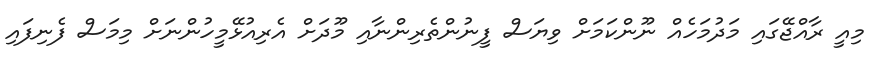
މިއީ ރާއްޖޭގައި މަދުމަހެއް ނޫންކަމަށް ވިޔަސް ފީނުންތެރިންނާއި މޫދަށް އެރިއުޅޭމީހުންނަށް މިމަސް ފެނިފައި